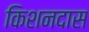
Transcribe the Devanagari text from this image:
किशनदास